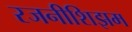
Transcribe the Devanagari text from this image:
रजनीशिझम